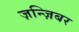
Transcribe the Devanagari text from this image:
ज़न्ज़िबर